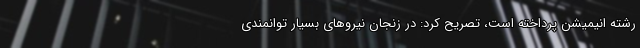
رشته انیمیشن پرداخته ‌است، تصریح کرد: در زنجان نیروهای بسیار توانمندی